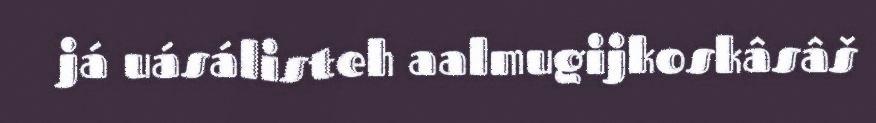
já uásálisteh aalmugijkoskâsâš